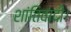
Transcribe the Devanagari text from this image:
शांतिवादी।